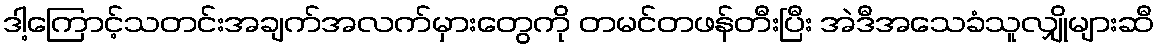
ဒါ့ကြောင့်သတင်းအချက်အလက်မှားတွေကို တမင်တဖန်တီးပြီး အဲဒီအသေခံသူလျှိုများဆီ